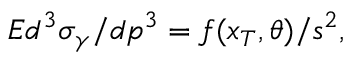
E d ^ { 3 } \sigma _ { \gamma } / d p ^ { 3 } = f ( x _ { T } , \theta ) / s ^ { 2 } ,